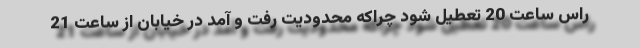
راس ساعت 20 تعطیل شود چراکه محدودیت رفت و آمد در خیابان از ساعت 21